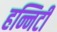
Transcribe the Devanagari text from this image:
हन्निटी